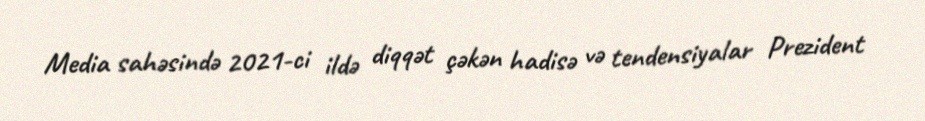
Media sahəsində 2021-ci ildə diqqət çəkən hadisə və tendensiyalar Prezident